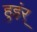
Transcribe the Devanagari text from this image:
हुइंर्